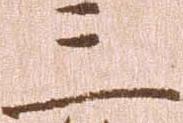
三